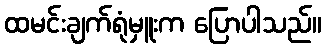
ထမင်းချက်ရုံမှူးက ပြောပါသည်။